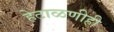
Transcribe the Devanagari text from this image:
हेटाळणीही